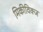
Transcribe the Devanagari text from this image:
मिकीविक्ज